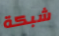
شبكة